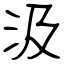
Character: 汲